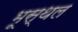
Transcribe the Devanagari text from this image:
भूस्थल